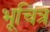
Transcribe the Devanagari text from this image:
भूचित्र